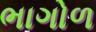
ભાગોળ